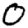
Digit: 0